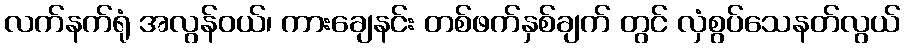
လက်နက်ရုံ အလွန်ဝယ်၊ ကားချေနင်း တစ်ဖက်နှစ်ချက် တွင် လှံစွပ်သေနတ်လွယ်